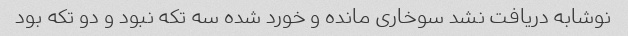
نوشابه دریافت نشد سوخاری مانده و خورد شده سه تکه نبود و دو تکه بود